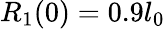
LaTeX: R_{1}(0)=0.9l_{0}